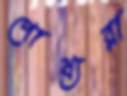
পোষ্যরা